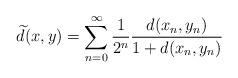
LaTeX: \begin{align*}\widetilde{d}(x,y)=\sum^\infty_{n=0}\frac{1}{2^n}\frac{d(x_n,y_n)}{1+d(x_n,y_n)}\end{align*}